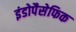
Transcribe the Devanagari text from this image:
इंडोपैसेफिक